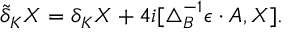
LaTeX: \tilde { \delta } _ { K } X = \delta _ { K } X + 4 i [ \triangle _ { B } ^ { - 1 } \epsilon \cdot A , X ] .